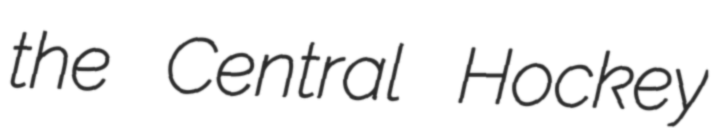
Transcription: the Central Hockey